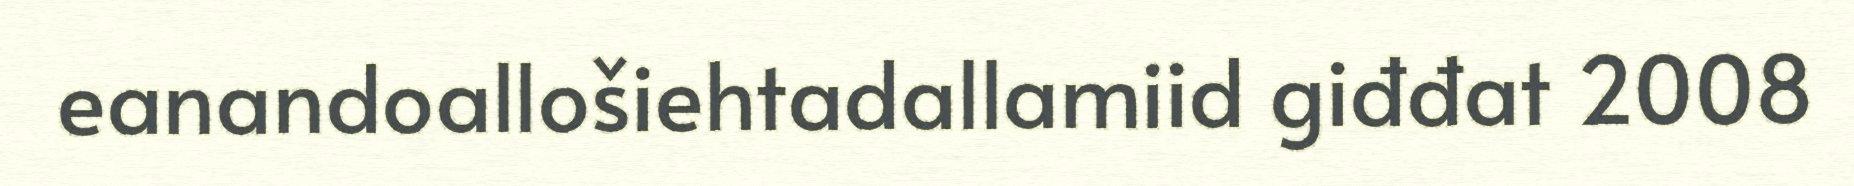
eanandoallošiehtadallamiid giđđat 2008